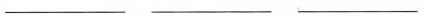
___ ___ ___